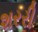
શરરી